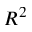
R ^ { 2 }